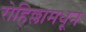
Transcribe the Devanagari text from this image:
रोहिल्लामधून